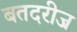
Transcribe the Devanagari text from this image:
बतदरीज